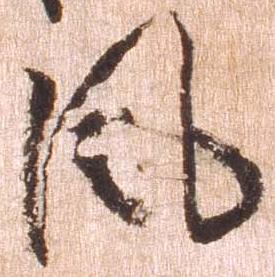
風